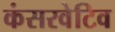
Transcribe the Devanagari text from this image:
कंसरवेटिव